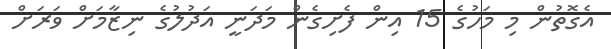
އެގޮތުން މި މަހުގެ 15 އިން ފެށިގެން މަދަނީ އަދުލުގެ ނިޒާމަށް ވަރަށް